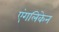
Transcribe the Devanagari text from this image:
एंगलिकेन